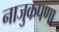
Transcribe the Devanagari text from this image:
नाजुकपणा